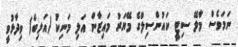
ނަމަވެސް މާލޭ ސިޓީ ކައުންސިލްގެ މޭޔަރު މައިޒާން އަލި މަނިކު (އަލިބެ) ވިދާޅުވީ